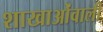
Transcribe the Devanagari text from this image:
शाखाओंवाली